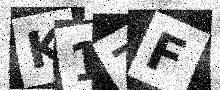
Text: K1ZF